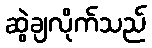
ဆွဲချလိုက်သည်